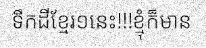
ទឹកដីខ្មែរ១នេះ!!!ខ្មុំក៏មាន